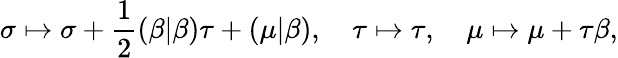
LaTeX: \sigma\mapsto\sigma+\frac 12(\beta|\beta)\tau+(\mu|\beta),\quad\tau\mapsto\tau,\quad\mu\mapsto\mu+\tau\beta,